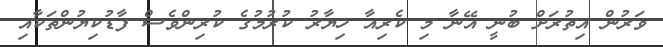
ވަރުން އިތުރަށް ބުނީ އޭނާ މި ކެރިއާ ޚިޔާރު ކުރުމުގެ ކުރިންވެސް ފާޑުކިޔުންތަކާއި